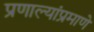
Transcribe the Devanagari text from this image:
प्रणाल्यांप्रमाणे